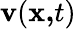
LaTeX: \mathbf{v}(\mathbf{x,}t)